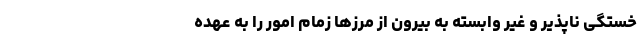
خستگی ناپذیر و غیر وابسته به بیرون از مرزها زمام امور را به عهده